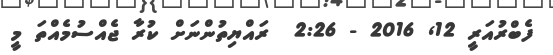
ފެބްރުއަރީ 12